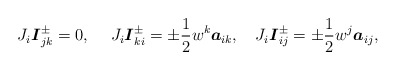
\begin{align*}J_{i}\boldsymbol{I}_{jk}^{\pm }=0,\;\ \ \;J_{i}\boldsymbol{I}_{ki}^{\pm}=\pm \frac{1}{2}w^{k}\boldsymbol{a}_{ik},\;\ \ J_{i}\boldsymbol{I}_{ij}^{\pm }=\pm \frac{1}{2}w^{j}\boldsymbol{a}_{ij},\end{align*}